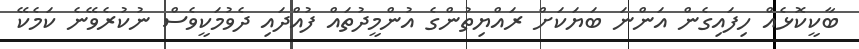
ބާކީކޮޅެއް ހިފައިގެން އަންނަ ބަޔަކަށް ރައްޔިތުންގެ އުންމީދުތައް ފުއްދައި ދެވުމަކީވެސް ނުކުރެވޭނެ ކަމެކޭ